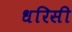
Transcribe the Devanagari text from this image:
धरिसी